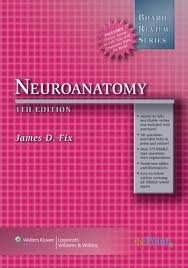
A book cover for BRS Neuroanatomy (Board Review Series) 4th (forth) edition; James D. Fix; Medical Books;